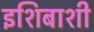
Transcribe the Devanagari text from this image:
इशिबाशी